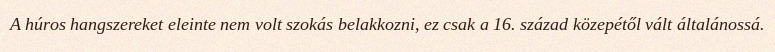
A húros hangszereket eleinte nem volt szokás belakkozni, ez csak a 16. század közepétől vált általánossá.